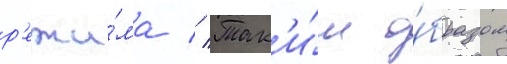
р'ежи́ма // Так'и́м о́бразом